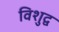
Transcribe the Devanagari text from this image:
विशुद्व